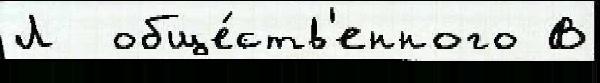
Л  обще́ств'енного В